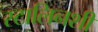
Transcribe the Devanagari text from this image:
स्टालिनशी